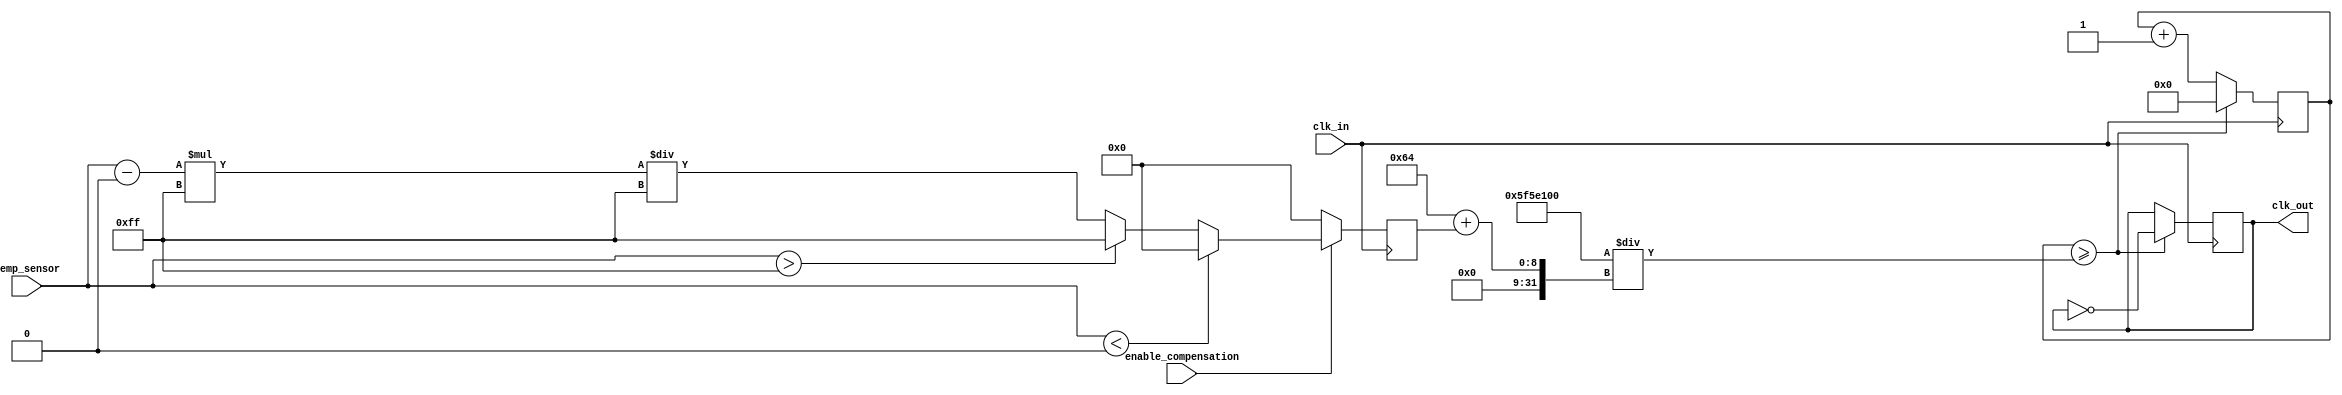
module TempCompensatedClockBuffer (
    input wire clk_in,               // Input clock signal
    input wire [7:0] temp_sensor,    // Temperature sensor output (8-bit digital)
    input wire enable_compensation,   // Enable temperature compensation
    output reg clk_out               // Compensated output clock signal
);

// Parameters for compensation (these would be based on actual calibration)
parameter TEMP_MIN = 8'h00; // Minimum temperature value (e.g., -40C)
parameter TEMP_MAX = 8'hFF; // Maximum temperature value (e.g., +125C)
parameter CLK_FREQ = 100; // Base clock frequency in MHz

// Compensation factor (example values)
reg [7:0] compensation_factor;

// Clock divider for generating the output clock
reg [31:0] clk_divider;
reg [31:0] clk_count;

// Clock generation
always @(posedge clk_in) begin
    // Update compensation factor based on temperature
    if (enable_compensation) begin
        if (temp_sensor < TEMP_MIN) begin
            compensation_factor <= 8'h00; // No compensation
        end else if (temp_sensor > TEMP_MAX) begin
            compensation_factor <= 8'hFF; // Maximum compensation
        end else begin
            // Simple linear compensation example
            compensation_factor <= (temp_sensor - TEMP_MIN) * 8'hFF / (TEMP_MAX - TEMP_MIN);
        end
    end else begin
        compensation_factor <= 8'h00; // No compensation if disabled
    end

    // Clock divider logic
    clk_count <= clk_count + 1;
    if (clk_count >= (CLK_FREQ * 1000000 / (CLK_FREQ + compensation_factor))) begin
        clk_out <= ~clk_out; // Toggle output clock
        clk_count <= 0; // Reset count
    end
end

endmodule